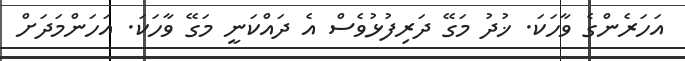
އަހަރެންގެ ވާހަކަ. ޚުދު މަގޭ ދަރިފުޅުވެސް އެ ދައްކަނީ މަގޭ ވާހަކަ. އަހަންމަދަށް